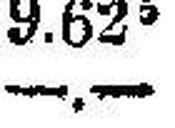
—.—